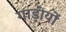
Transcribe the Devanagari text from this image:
गाड़ीयों